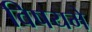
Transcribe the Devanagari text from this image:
विषयमे